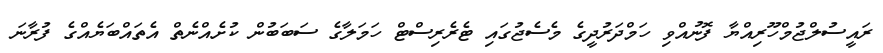
ރައީސުލްޖުމްހޫރިއްޔާ ފޮނުއްވި ހަމްދަރުދީގެ މެސެޖުގައި ޓެރެރިސްޓް ހަމަލާގެ ސަބަބުން ކުށެއްނެތް އެތައްބަޔެއްގެ ފުރާނަ